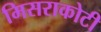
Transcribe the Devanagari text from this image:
मिसराकोटी